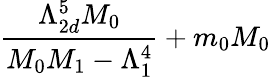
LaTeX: \frac{\Lambda_{2d}^{5}M_{0}}{M_{0}M_{1}-\Lambda_{1}^{4}}+m_{0}M_{0}